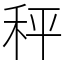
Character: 秤